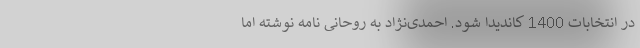
در انتخابات 1400 کاندیدا شود. احمدی‌نژاد به روحانی نامه نوشته اما